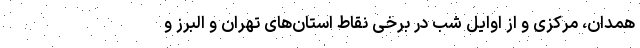
همدان، مرکزی و از اوایل شب در برخی نقاط استان‌های تهران و البرز و